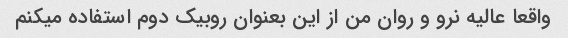
واقعا عالیه نرو و روان من از این بعنوان روبیک دوم استفاده میکنم